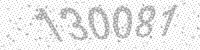
Solution: 130081